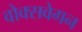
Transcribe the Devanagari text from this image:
वोक्सवेगन